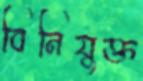
বিনিযুক্ত